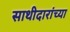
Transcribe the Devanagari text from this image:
साथीदारांच्या